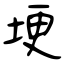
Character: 埂